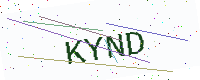
Text: KYND